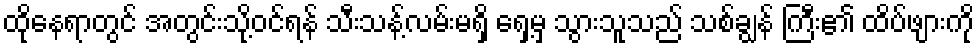
ထိုနေရာတွင် အတွင်းသို့ဝင်ရန် သီးသန့်လမ်းမရှိ ရှေ့မှ သွားသူသည် သစ်ချွန် ကြီး၏ ထိပ်ဖျားကို